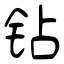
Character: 钻